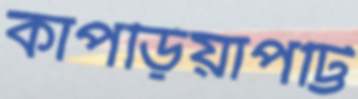
কাপড়িয়াপট্টি